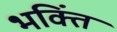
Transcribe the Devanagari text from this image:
भक्तिं